Report of the Indian Hemp Drugs Commission, 1894-1895 - Volume V
Year: 1894
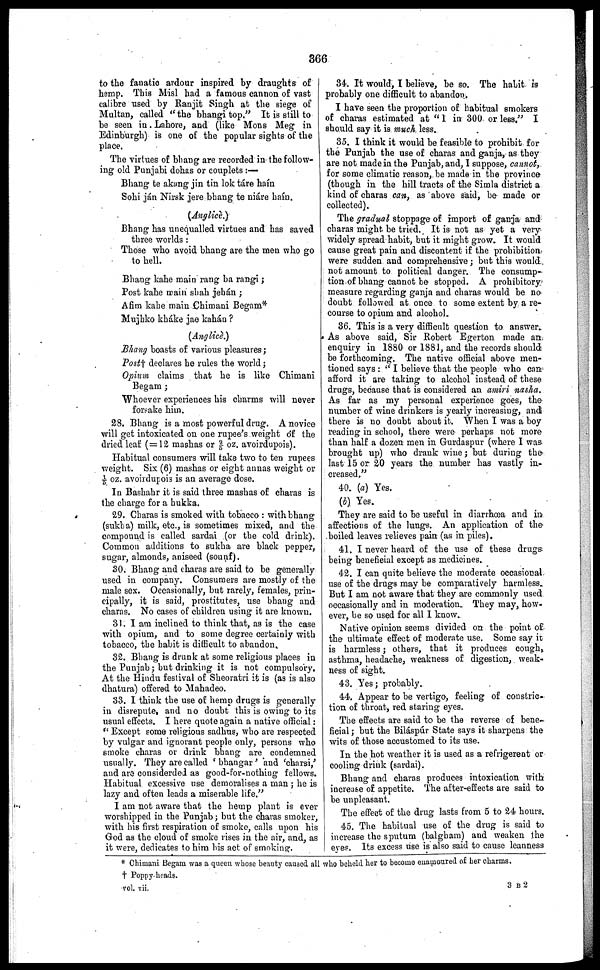
366
to the fanatic ardour inspired by draughts of
hemp. This Misl had a famous cannon of vast
calibre used by Ranjit Singh at the siege of
Multan, called "the bhangi top." It is still to
be seen in Lahore, and (like Mons Meg in
Edinburgh) is one of the popular sights of the
place.
The virtues of bhang are recorded in the follow-
ing old Punjabi dohas or couplets :—
Bhang te akang jin tin lok táre haín
Sohi ján Nirsk jere bhang te niáre haín.
(Anglicè.)
Bhang has unequalled virtues and has saved
three worlds :
Those who avoid bhang are the men who go
to hell.
Bhang kahe main rang ba rangi ;
Post kahe main shah jehán ;
Afim kahe main Chimani Begam*
Mujhko kháke jae kahán ?
(Anglicè.)
Bhang boasts of various pleasures ;
Post† declares he rules the world ;
Opium claims that he is like Chimani
Begam ;
Whoever experiences his charms will never
forsake him.
28. Bhang is a most powerful drug. A novice
will get intoxicated on one rupee's weight of the
dried leaf (=12 mashas or 2/5 oz. avoirdupois).
Habitual consumers will take two to ten rupees
weight. Six (6) mashas or eight annas weight or
1/5 oz. avoirdupois is an average dose.
In Bashahr it is said three mashas of charas is
the charge for a hukka.
29. Charas is smoked with tobacco : with bhang
(sukha) milk, etc., is sometimes mixed, and the
compound is called sardai (or the cold drink).
Common additions to sukha are black pepper,
sugar, almonds, aniseed (sounf).
SO. Bhang and charas are said to be generally
used in company. Consumers are mostly of the
male sex. Occasionally, but rarely, females, prin-
cipally, it is said, prostitutes, use bhang and
charas. No cases of children using it are known.
31. I am inclined to think that, as is the case
with opium, and to some degree certainly with
tobacco, the habit is difficult to abandon.
32. Bhang is drunk at some religious places in
the Punjab ; but drinking it is not compulsory,
At the Hindu festival of Sheoratri it is (as is also
dhatura) offered to Mahadeo.
33. I think the use of hemp drugs is generally
in disrepute, and no doubt this is owing to its
usual effects. I here quote again a native official :
"Except some religious sadhus, who are respected
by vulgar and ignorant people only, persons who
smoke charas or drink bhang are condemned
usually. They are called 'bhangar' and 'charsi,'
and are considerded as good-for-nothing fellows.
Habitual excessive use demoralises a man ; he is
lazy and often leads a miserable life."
I am not aware that the hemp plant is ever
worshipped in the Punjab ; but the charas smoker,
with his first respiration of smoke, calls upon his
God as the cloud of smoke rises in the air, and, as
it were, dedicates to him his act of smoking.
34. It would, I believe, be so. The habit is
probably one difficult to abandon.
I have seen the proportion of habitual smokers
of charas estimated at "1 in 300 or less." I
should say it is much less.
35. I think it would be feasible to prohibit for
the Punjab the use of charas and ganja, as they
are not made in the Punjab, and, I suppose, cannot,
for some climatic reason, be made in the province
(though in the hill tracts of the Simla district a
kind of charas can, as above said, be made or
collected).
The gradual stoppage of import of ganja and
charas might be tried. It is not as yet a very
widely spread habit, but it might grow. It would
cause great pain and discontent if the prohibition
were sudden and comprehensive ; but this would
not amount to political danger. The consump-
tion of bhang cannot be stopped. A prohibitory
measure regarding ganja and charas would be no
doubt followed at once to some extent by a re-
course to opium and alcohol.
36. This is a very difficult question to answer.
As above said, Sir Robert Egerton made an
enquiry in 1880 or 1881, and the records should
be forthcoming. The native official above men-
tioned says : " I believe that the people who can
afford it are taking to alcohol instead of these
drugs, because that is considered an amiri nasha.
As far as my personal experience goes, the
number of wine drinkers is yearly increasing, and
there is no doubt about it. When I was a boy
reading in school, there were perhaps not more
than half a dozen men in Gurdaspur (where I was
brought up) who drank wine ; but during the
last 15 or 20 years the number has vastly in-
creased."
40. (a) Yes.
(b) Yes.
They are said to be useful in diarrhoea and in
affections of the lungs. An application of the
boiled leaves relieves pain (as in piles).
41. I never heard of the use of these drugs
being beneficial except as medicines.
42. I can quite believe the moderate occasional
use of the drugs may be comparatively harmless.
But I am not aware that they are commonly used
occasionally and in moderation. They may, how-
ever, be so used for all I know.
Native opinion seems divided on the point of
the ultimate effect of moderate use. Some say it
is harmless ; others, that it produces cough,
asthma, headache, weakness of digestion, weak-
ness of sight.
43. Yes; probably.
44. Appear to be vertigo, feeling of constric-
tion of throat, red staring eyes.
The effects are said to be the reverse of bene-
ficial ; but the Biláspúr State says it sharpens the
wits of those accustomed to its use.
In the hot weather it is used as a refrigerent or
cooling drink (sardai).
Bhang and charas produces intoxication with
increase of appetite. The after-effects are said to
be unpleasant.
The effect of the drug lasts from 5 to 24 hours.
45. The habitual use of the drug is said to
increase the sputum (balgham) and weaken the
eyes. Its excess use is also said to cause leanness
* Chimani Begam was a queen whose beauty caused all who beheld her to become enamoured of her charms.
† Poppy heads.
vol. vii.
3 B 2